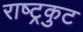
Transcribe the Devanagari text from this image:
राष्‍ट्रकुट